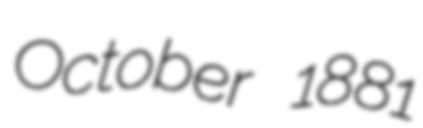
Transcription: October 1881